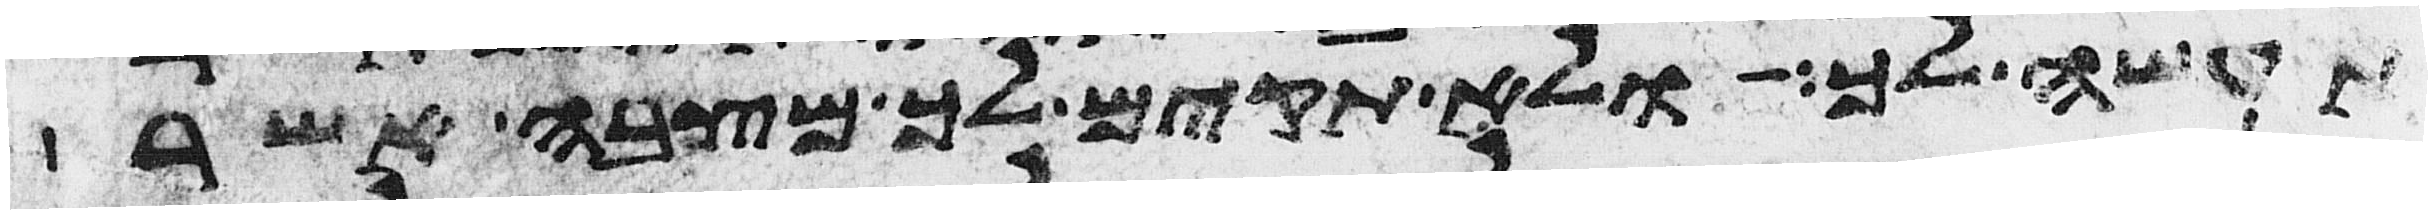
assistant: תעשה לך ולא תקים לך מצבה אשר